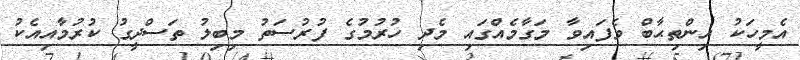
އެމީހަކު އިންތިޙާބް ވެފައިވާ މަގާމެއްގައި މެދި ހުރުމުގެ ފުރުސަތު މިބިލު ތަސްދީގު ކުރުމާއިއެކު